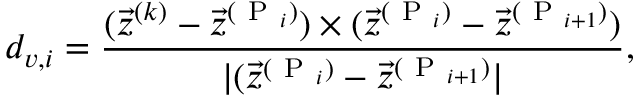
d _ { v , i } = { \frac { ( \vec { z } ^ { ( k ) } - \vec { z } ^ { ( \mathrm { ~ P ~ } _ { i } ) } ) \times ( \vec { z } ^ { ( \mathrm { ~ P ~ } _ { i } ) } - \vec { z } ^ { ( \mathrm { ~ P ~ } _ { i + 1 } ) } ) } { | ( \vec { z } ^ { ( \mathrm { ~ P ~ } _ { i } ) } - \vec { z } ^ { ( \mathrm { ~ P ~ } _ { i + 1 } ) } | } } ,